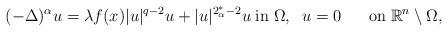
LaTeX: \begin{align*}(-\Delta)^\alpha u=\lambda f(x)|u|^{q-2}u+|u|^{2_\alpha^*-2}u\;\textrm{in}\;\Omega, \;\;u=0\;\;\;\;\;\;\textrm{on}\;\mathbb R^n\setminus \Omega,\end{align*}